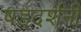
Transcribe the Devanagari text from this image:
षड्दर्शनी